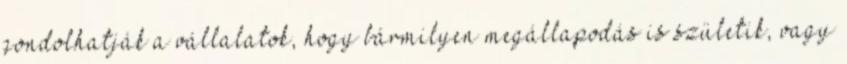
gondolhatják a vállalatok, hogy bármilyen megállapodás is születik, vagy